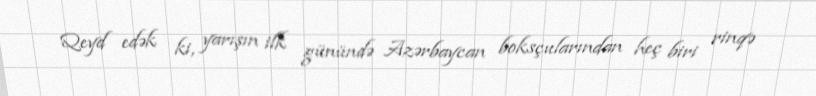
Qeyd edək ki, yarışın ilk günündə Azərbaycan boksçularından heç biri rinqə